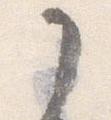
了